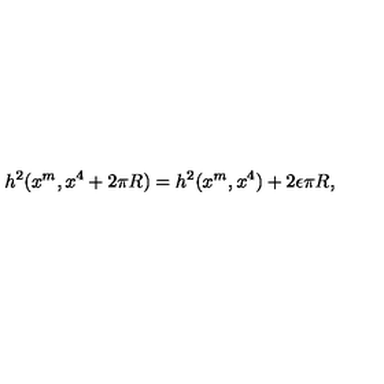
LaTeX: h ^ { 2 } ( x ^ { m } , x ^ { 4 } + 2 \pi R ) = h ^ { 2 } ( x ^ { m } , x ^ { 4 } ) + 2 \epsilon \pi R ,